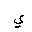
Letter: _ya